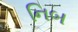
નિબ